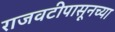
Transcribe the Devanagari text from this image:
राजवटीपासूनच्या